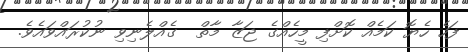
ފަހެ ހެޔޮ ކަމެއް ކޮށްފި މީހެއްގެ ޖަޒާ މާތް  ގެއްލެނިވި ނުކުރައްވައެވެ.